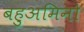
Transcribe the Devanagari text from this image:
बहुअमिनो